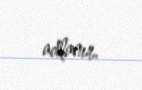
adlanır.